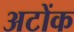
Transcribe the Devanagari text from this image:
अटोंक